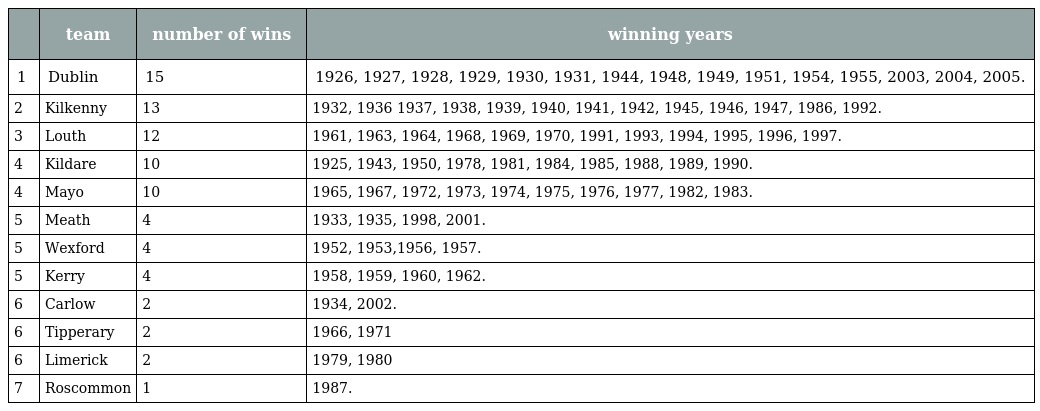
|  | team | number of wins | winning years |
 | --- | --- | --- | --- |
 | 1 | Dublin | 15 | 1926, 1927, 1928, 1929, 1930, 1931, 1944, 1948, 1949, 1951, 1954, 1955, 2003, 2004, 2005. |
 | 2 | Kilkenny | 13 | 1932, 1936 1937, 1938, 1939, 1940, 1941, 1942, 1945, 1946, 1947, 1986, 1992. |
 | 3 | Louth | 12 | 1961, 1963, 1964, 1968, 1969, 1970, 1991, 1993, 1994, 1995, 1996, 1997. |
 | 4 | Kildare | 10 | 1925, 1943, 1950, 1978, 1981, 1984, 1985, 1988, 1989, 1990. |
 | 4 | Mayo | 10 | 1965, 1967, 1972, 1973, 1974, 1975, 1976, 1977, 1982, 1983. |
 | 5 | Meath | 4 | 1933, 1935, 1998, 2001. |
 | 5 | Wexford | 4 | 1952, 1953,1956, 1957. |
 | 5 | Kerry | 4 | 1958, 1959, 1960, 1962. |
 | 6 | Carlow | 2 | 1934, 2002. |
 | 6 | Tipperary | 2 | 1966, 1971 |
 | 6 | Limerick | 2 | 1979, 1980 |
 | 7 | Roscommon | 1 | 1987. |